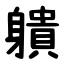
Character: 䠿